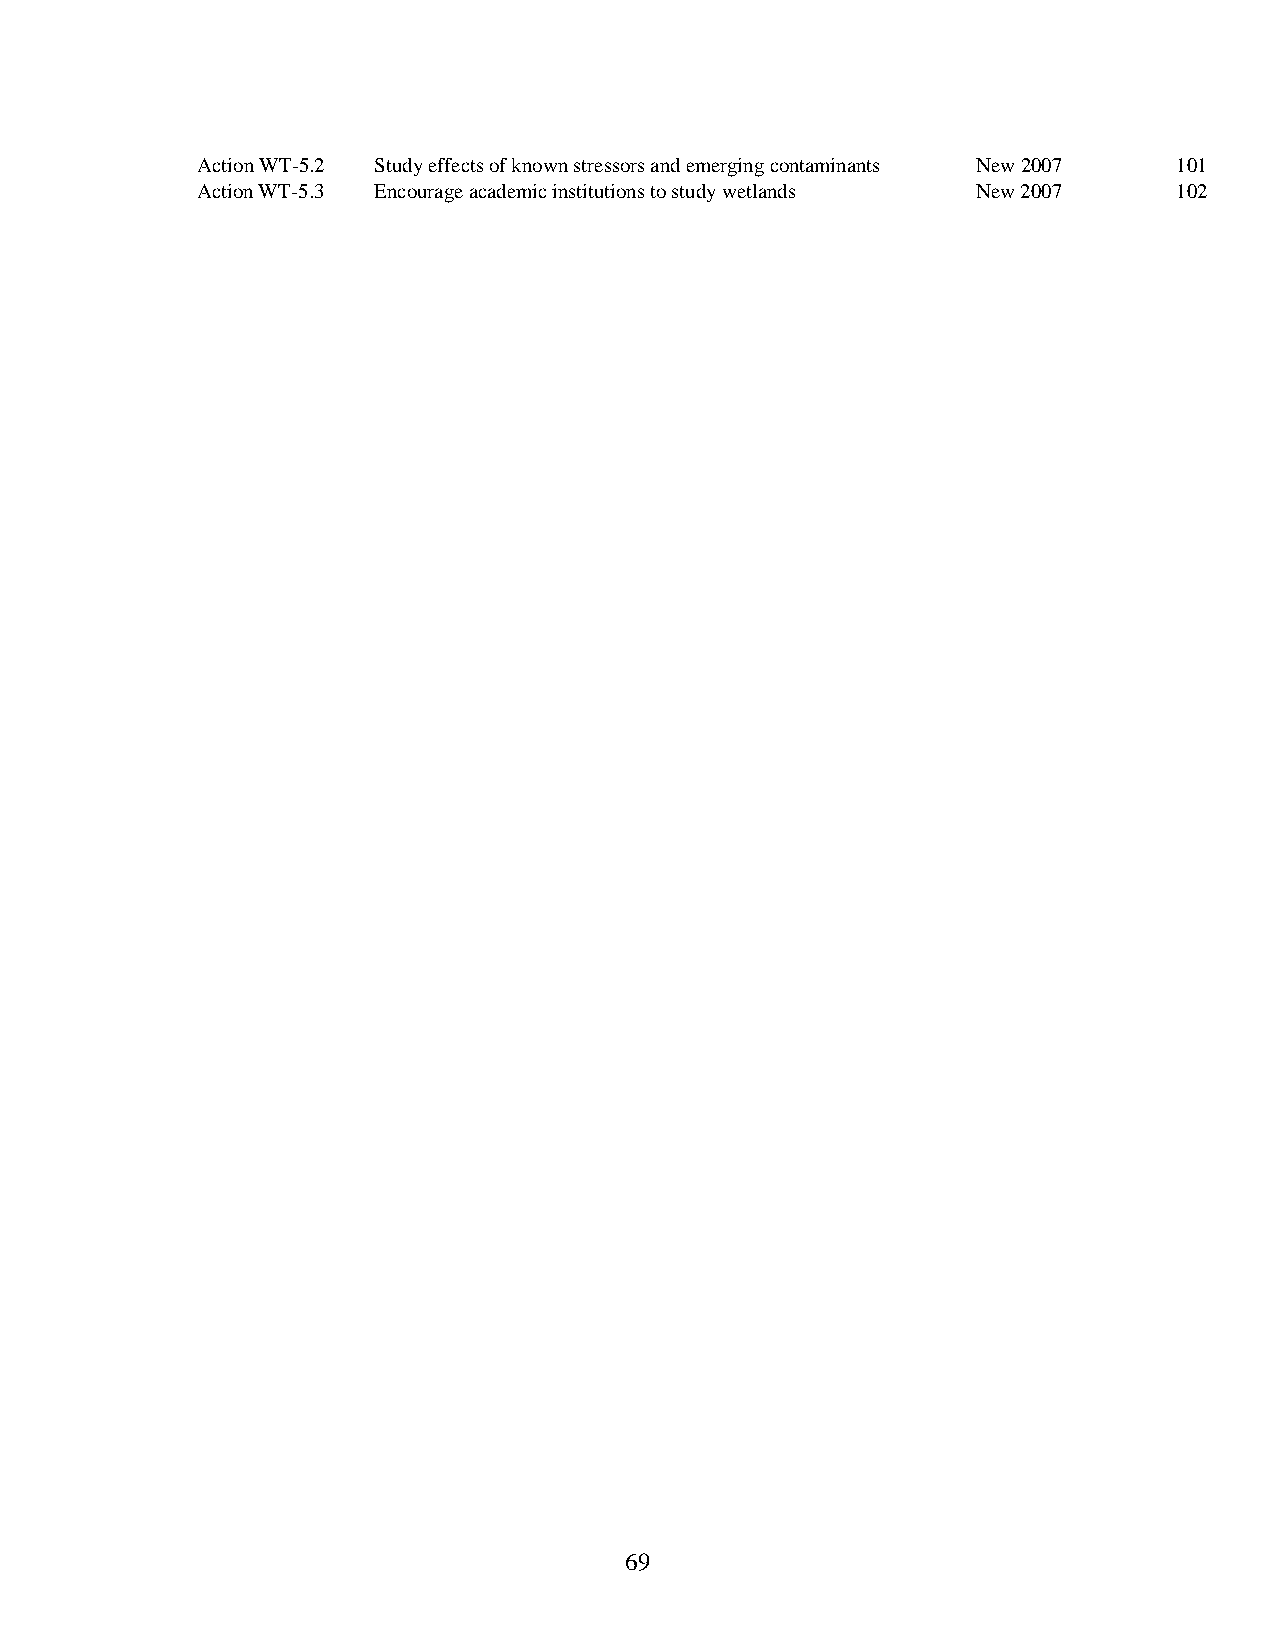
Action WT-5.2 Study effects of known stressors and emerging contaminants New 2007 101
 Action WT-5.3 Encourage academic institutions to study wetlands New 2007 102
 69